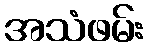
အသံဖမ်း